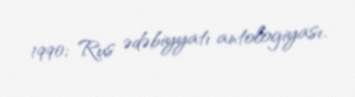
1990; Rus ədəbiyyatı antologiyası.